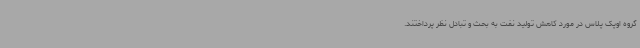
گروه اوپک پلاس در مورد کاهش تولید نفت به بحث و تبادل نظر پرداختند.